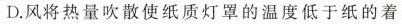
D.风将热量吹散使纸质灯罩的温度低于纸的着